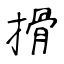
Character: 搰